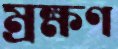
ম্রক্ষণ